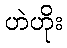
ဟဲဟိုး